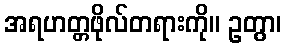
အရဟတ္တဖိုလ်တရားကို။ ဥတွာ၊